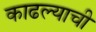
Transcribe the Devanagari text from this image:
काढल्याची